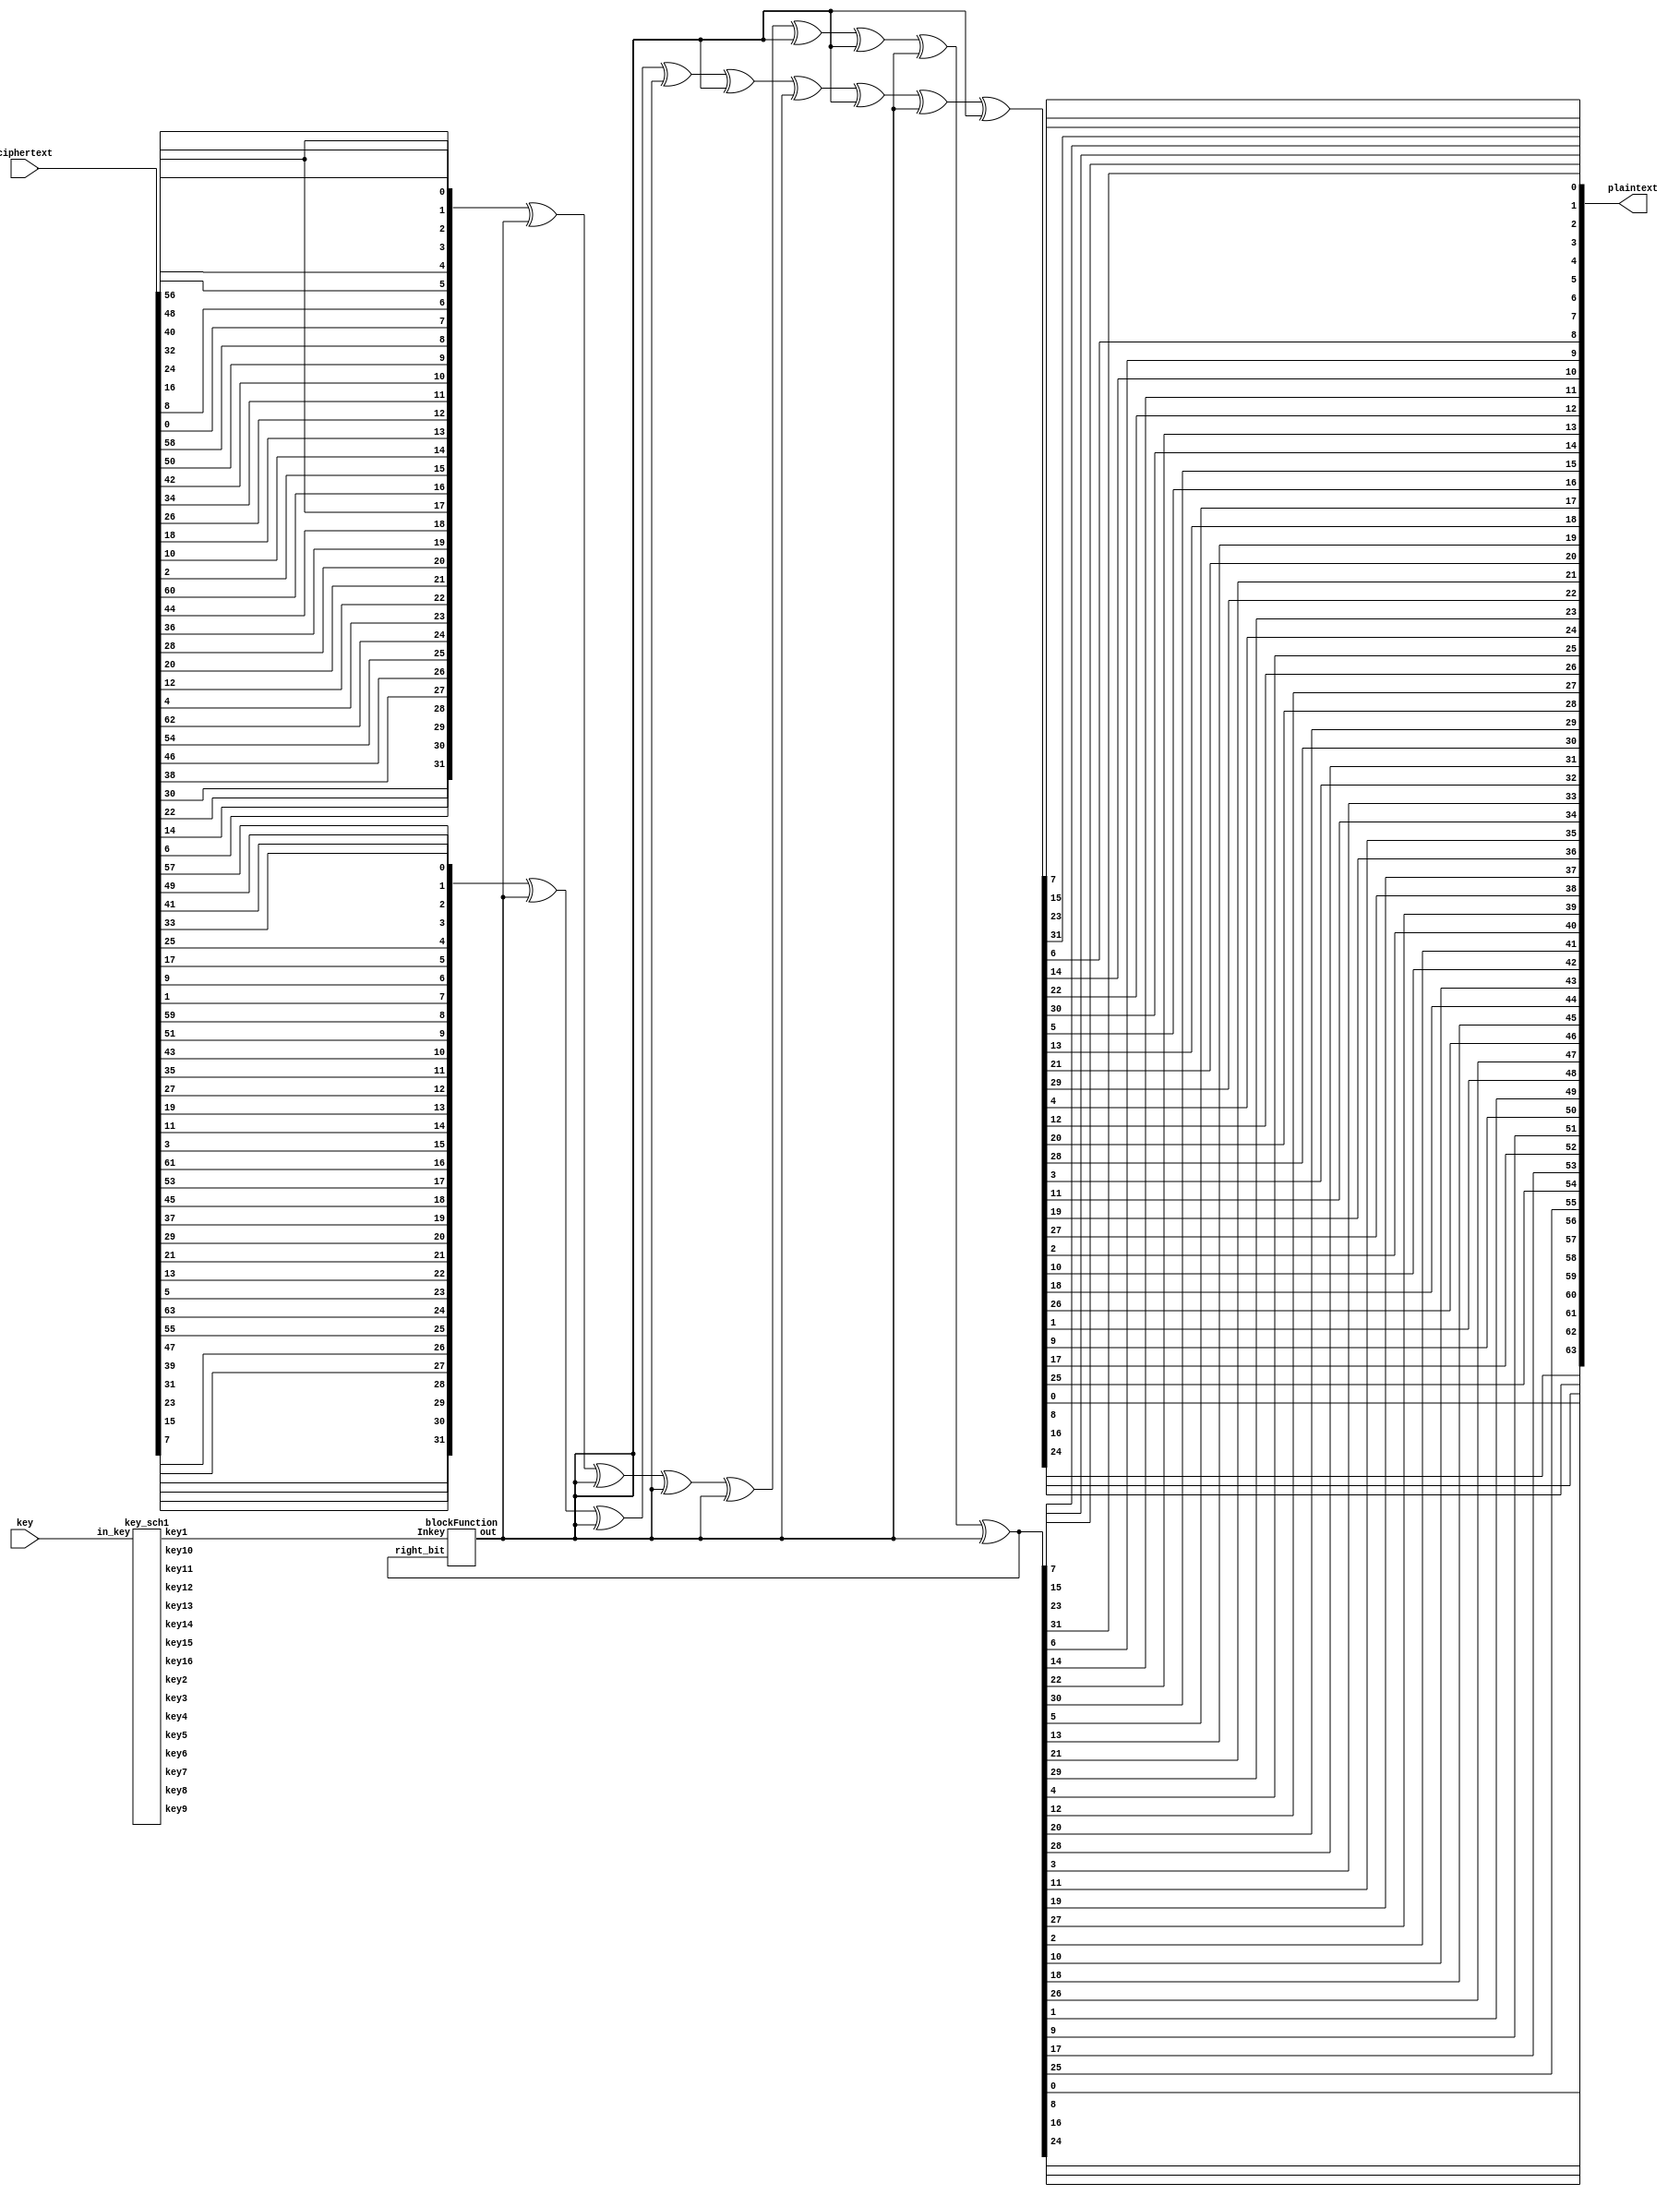
module decryption (input [64:1] ciphertext, input [64:1]key, output reg [64:1] plaintext);
    
reg [64:1] text_IP;	
reg [32:1] r [16:0];
reg [32:1] l [16:0];
reg [32:1] out_fun [16:1];
integer i;
wire [48:1] key1,key2,key3,key4,key5,key6,key7,key8,key9,key10,key11,key12,key13,key14,key15,key16; 
reg [48:1] k [16:1]; 
reg [32:1] r_fun; wire [32:1] temp_out_fun; reg [48:1] key_fun;

key_sch1 keySchedule(key,key1,key2,key3,key4,key5,key6,key7,key8,key9,key10,key11,key12,key13,key14,key15,key16);

blockFunction b (r_fun, key_fun, temp_out_fun);
//blockFuction(r[i],k[i],fun[i]);

    always@(ciphertext)
begin
    text_IP = IP_perm(ciphertext);


{l[16],r[16]} = text_IP;

k[1] = key1; k[2]=key2; k[3] = key3; k[4]=key4; k[5] = key5; k[6]=key6; k[7] = key7; k[8]=key8; 
k[9] = key9; k[10]=key10; k[11] = key11; k[12]=key12; k[13] = key13; k[14]=key14; k[15] = key15; k[16] = key16 ; 

for(i=16; i>=1; i--) begin
    r_fun=r[i]; key_fun=k[i];
    #1 out_fun[i]=temp_out_fun;
    l[i-1] = r[i];    
    r[i-1] = l[i]^out_fun[i];
   // $display("i= %b, r[i]=%b",i,r[i]);
end

plaintext = IVP_perm({r[0],l[0]});

end

//initial permutation block
    function [64:1]IP_perm ( input [64:1] cipher_text);
    begin
        IP_perm[1] = cipher_text[58];
        IP_perm[2] = cipher_text[50];
        IP_perm[3] = cipher_text[42];
        IP_perm[4] = cipher_text[34];
        IP_perm[5] = cipher_text[26];
        IP_perm[6] = cipher_text[18];
        IP_perm[7] = cipher_text[10];
        IP_perm[8] = cipher_text[2];

        IP_perm[9] = cipher_text[60];
        IP_perm[10] = cipher_text[52];
        IP_perm[11] = cipher_text[44];
        IP_perm[12] = cipher_text[36];
        IP_perm[13] = cipher_text[28];
        IP_perm[14] = cipher_text[20];
        IP_perm[15] = cipher_text[12];
        IP_perm[16] = cipher_text[4];

        IP_perm[17] = cipher_text[62];
        IP_perm[18] = cipher_text[54];
        IP_perm[19] = cipher_text[46];
        IP_perm[20] = cipher_text[38];
        IP_perm[21] = cipher_text[30];
        IP_perm[22] = cipher_text[22];
        IP_perm[23] = cipher_text[14];
        IP_perm[24] = cipher_text[6];

        IP_perm[25] = cipher_text[64];
        IP_perm[26] = cipher_text[56];
        IP_perm[27] = cipher_text[48];
        IP_perm[28] = cipher_text[40];
        IP_perm[29] = cipher_text[32];
        IP_perm[30] = cipher_text[24];
        IP_perm[31] = cipher_text[16];
        IP_perm[32] = cipher_text[8];

        IP_perm[33] = cipher_text[57];
        IP_perm[34] = cipher_text[49];
        IP_perm[35] = cipher_text[41];
        IP_perm[36] = cipher_text[33];
        IP_perm[37] = cipher_text[25];
        IP_perm[38] = cipher_text[17];
        IP_perm[39] = cipher_text[9];
        IP_perm[40] = cipher_text[1];

        IP_perm[41] = cipher_text[59];
        IP_perm[42] = cipher_text[51];
        IP_perm[43] = cipher_text[43];
        IP_perm[44] = cipher_text[35];
        IP_perm[45] = cipher_text[27];
        IP_perm[46] = cipher_text[19];
        IP_perm[47] = cipher_text[11];
        IP_perm[48] = cipher_text[3];

        IP_perm[49] = cipher_text[61];
        IP_perm[50] = cipher_text[33];
        IP_perm[51] = cipher_text[45];
        IP_perm[52] = cipher_text[37];
        IP_perm[53] = cipher_text[29];
        IP_perm[54] = cipher_text[21];
        IP_perm[55] = cipher_text[13];
        IP_perm[56] = cipher_text[5];

        IP_perm[57] = cipher_text[63];
        IP_perm[58] = cipher_text[55];
        IP_perm[59] = cipher_text[47];
        IP_perm[60] = cipher_text[39];
        IP_perm[61] = cipher_text[31];
        IP_perm[62] = cipher_text[23];
        IP_perm[63] = cipher_text[15];
        IP_perm[64] = cipher_text[7];
        
    end
    endfunction

//inverse permutation block
    function [64:1]IVP_perm ( input [64:1] finaltext);
    begin
        
       IVP_perm ={finaltext[25],finaltext[57],finaltext[17],finaltext[49],finaltext[9],finaltext[41],finaltext[1],finaltext[33],
                    finaltext[26],finaltext[58],finaltext[18],finaltext[50],finaltext[10],finaltext[42],finaltext[2],finaltext[34],
                    finaltext[27],finaltext[59],finaltext[19],finaltext[51],finaltext[11],finaltext[43],finaltext[3],finaltext[35],
                    finaltext[28],finaltext[60],finaltext[20],finaltext[52],finaltext[12],finaltext[44],finaltext[4],finaltext[36],
                    finaltext[29],finaltext[61],finaltext[21],finaltext[53],finaltext[13],finaltext[45],finaltext[5],finaltext[37],
                    finaltext[30],finaltext[62],finaltext[22],finaltext[54],finaltext[14],finaltext[46],finaltext[6],finaltext[38],
                    finaltext[31],finaltext[63],finaltext[23],finaltext[55],finaltext[15],finaltext[47],finaltext[7],finaltext[39],
                    finaltext[32],finaltext[64],finaltext[24],finaltext[56],finaltext[16],finaltext[48],finaltext[8],finaltext[40] }; 
    end
    endfunction
endmodule

module blockFunction(
    input [32:1]right_bit,
    input [48:1]Inkey,
    output reg [32:1]out
    );
    
    reg [48:1]y;
    reg [48:1]Xor;
    reg [32:1]sub1;
     
    always@(right_bit) 
    begin
    y = expansion(right_bit);
    Xor=y^Inkey;
    sub1=substitution_box(Xor);
    out=permutation_final(sub1);
    end
    
    //expansion
    function [48:1]expansion(input [32:1]right_bit_32 );
    reg [48:1]exb;//exb=expansion box
    
    begin
     exb[47:44]=right_bit_32[32:29];
     exb[41:38]=right_bit_32[28:25];
     exb[35:32]=right_bit_32[24:21];
     exb[29:26]=right_bit_32[20:17];
     exb[23:20]=right_bit_32[16:13];
     exb[17:14]=right_bit_32[12:9];
     exb[11:8] =right_bit_32[8:5];
     exb[5:2]  =right_bit_32[4:1];
     {exb[24],exb[19],exb[18],exb[13],exb[12],exb[7],exb[6],exb[1]}
               ={right_bit_32[17],right_bit_32[12],right_bit_32[13],right_bit_32[8],
                right_bit_32[9],right_bit_32[4],right_bit_32[5],right_bit_32[32]};
     {exb[48],exb[43],exb[42],exb[37],exb[36],exb[31],exb[30],exb[25]}
               ={right_bit_32[1],right_bit_32[28],right_bit_32[29],right_bit_32[24],
                right_bit_32[25],right_bit_32[20],right_bit_32[21],right_bit_32[16]};
     expansion =exb;
   
     end   
     endfunction
     
   //Substitution box  
   
    function [32:1]substitution_box( input reg [47:0]x); 
    integer i;
    integer j;
    reg [3:0]col;
    reg [1:0]row;
    reg [31:0]sub;
    reg [3:0] S1[3:0][15:0];
    reg [3:0] S2[3:0][15:0];
    reg [3:0] S3[3:0][15:0];
    reg [3:0] S4[3:0][15:0];
    reg [3:0] S5[3:0][15:0];
    reg [3:0] S6[3:0][15:0];
    reg [3:0] S7[3:0][15:0];
    reg [3:0] S8[3:0][15:0];
    begin
            S1[0][0] = 4'd14;
			S1[0][1] = 4'd4;
			S1[0][2] = 4'd13;
			S1[0][3] = 4'd1;
			S1[0][4] = 4'd2;
			S1[0][5] = 4'd15;
			S1[0][6] = 4'd11;
			S1[0][7] = 4'd8;
			S1[0][8] = 4'd3;
			S1[0][9] =4'd10;
			S1[0][10] =4'd6;
			S1[0][11] = 4'd12;
			S1[0][12] = 4'd5;
			S1[0][13] = 4'd9;
			S1[0][14] = 4'd0;
			S1[0][15] = 4'd7;
			S1[1][0] = 4'd0;
			S1[1][1] = 4'd15;
			S1[1][2] = 4'd7;
			S1[1][3] = 4'd4;
			S1[1][4] = 4'd14;
			S1[1][5] = 4'd2;
			S1[1][6] = 4'd13;
			S1[1][7] = 4'd1;
			S1[1][8] = 4'd10;
			S1[1][9] = 4'd6;
			S1[1][10] =4'd 12;
			S1[1][11] = 4'd11;
			S1[1][12] = 4'd9;
			S1[1][13] = 4'd5;
			S1[1][14] = 4'd3;
			S1[1][15] = 4'd8;
			S1[2][0] = 4'd4;
			S1[2][1] = 4'd1;
			S1[2][2] = 4'd14;
			S1[2][3] = 4'd8;
			S1[2][4] = 4'd13;
			S1[2][5] = 4'd6;
			S1[2][6] = 4'd2;
			S1[2][7] = 4'd11;
			S1[2][8] = 4'd15;
			S1[2][9] = 4'd12;
			S1[2][10] =4'd 9;
			S1[2][11] = 4'd7;
			S1[2][12] = 4'd3;
			S1[2][13] = 4'd10;
			S1[2][14] = 4'd5;
			S1[2][15] = 4'd0;
			S1[3][0] = 4'd15;
			S1[3][1] = 4'd12;
			S1[3][2] = 4'd8;
			S1[3][3] = 4'd2;
			S1[3][4] = 4'd4;
			S1[3][5] = 4'd9;
			S1[3][6] = 4'd1;
			S1[3][7] = 4'd7;
			S1[3][8] = 4'd5;
			S1[3][9] = 4'd11;
			S1[3][10] =4'd 3;
			S1[3][11] = 4'd14;
			S1[3][12] = 4'd10;
			S1[3][13] = 4'd0;
			S1[3][14] = 4'd6;
			S1[3][15] = 4'd13;
			S2[0][0] = 4'd15;
			S2[0][1] = 4'd1;
			S2[0][2] = 4'd8;
			S2[0][3] = 4'd14;
			S2[0][4] = 4'd6;
			S2[0][5] = 4'd11;
			S2[0][6] = 4'd3;
			S2[0][7] = 4'd4;
			S2[0][8] = 4'd9;
			S2[0][9] = 4'd7;
			S2[0][10] =4'd2;
			S2[0][11] = 4'd13;
			S2[0][12] = 4'd12;
			S2[0][13] = 4'd0;
			S2[0][14] = 4'd5;
			S2[0][15] = 4'd10;
			S2[1][0] = 4'd3;
			S2[1][1] = 4'd13;
			S2[1][2] = 4'd4;
			S2[1][3] = 4'd7;
			S2[1][4] = 4'd15;
			S2[1][5] = 4'd2;
			S2[1][6] = 4'd8;
			S2[1][7] = 4'd14;
			S2[1][8] = 4'd12;
			S2[1][9] = 4'd0;
			S2[1][10] = 4'd1;
			S2[1][11] = 4'd10;
			S2[1][12] = 4'd6;
			S2[1][13] = 4'd9;
			S2[1][14] = 4'd11;
			S2[1][15] = 4'd5;
			S2[2][0] = 4'd0;
			S2[2][1] = 4'd14;
			S2[2][2] = 4'd7;
			S2[2][3] = 4'd11;
			S2[2][4] = 4'd10;
			S2[2][5] = 4'd4;
			S2[2][6] = 4'd13;
			S2[2][7] = 4'd1;
			S2[2][8] = 4'd5;
			S2[2][9] = 4'd8;
			S2[2][10] = 4'd12;
			S2[2][11] = 4'd6;
			S2[2][12] = 4'd9;
			S2[2][13] = 4'd3;
			S2[2][14] = 4'd2;
			S2[2][15] = 4'd15;
			S2[3][0] = 4'd13;
			S2[3][1] = 4'd8;
			S2[3][2] = 4'd10;
			S2[3][3] = 4'd1;
			S2[3][4] = 4'd3;
			S2[3][5] = 4'd15;
			S2[3][6] = 4'd4;
			S2[3][7] = 4'd2;
			S2[3][8] = 4'd11;
			S2[3][9] = 4'd6;
			S2[3][10] = 4'd7;
			S2[3][11] = 4'd12;
			S2[3][12] = 4'd0;
			S2[3][13] = 4'd5;
			S2[3][14] = 4'd14;
			S2[3][15] = 4'd9;
			S3[0][0] = 4'd10;
			S3[0][1] = 4'd0;
			S3[0][2] = 4'd9;
			S3[0][3] = 4'd14;
			S3[0][4] = 4'd6;
			S3[0][5] = 4'd3;
			S3[0][6] = 4'd15;
			S3[0][7] = 4'd5;
			S3[0][8] = 4'd1;
			S3[0][9] = 4'd13;
			S3[0][10] = 4'd12;
			S3[0][11] = 4'd7;
			S3[0][12] = 4'd11;
			S3[0][13] = 4'd4;
			S3[0][14] = 4'd2;
			S3[0][15] = 4'd8;
			S3[1][0] = 4'd13;
			S3[1][1] = 4'd7;
			S3[1][2] = 4'd0;
			S3[1][3] = 4'd9;
			S3[1][4] = 4'd3;
			S3[1][5] = 4'd4;
			S3[1][6] = 4'd6;
			S3[1][7] = 4'd10;
			S3[1][8] = 4'd2;
			S3[1][9] = 4'd8;
			S3[1][10] = 4'd5;
			S3[1][11] = 4'd14;
			S3[1][12] = 4'd12;
			S3[1][13] = 4'd11;
			S3[1][14] = 4'd15;
			S3[1][15] = 4'd1;
			S3[2][0] = 4'd13;
			S3[2][1] = 4'd6;
			S3[2][2] = 4'd4;
			S3[2][3] = 4'd9;
			S3[2][4] = 4'd8;
			S3[2][5] = 4'd15;
			S3[2][6] = 4'd3;
			S3[2][7] = 4'd0;
			S3[2][8] = 4'd11;
			S3[2][9] = 4'd1;
			S3[2][10] = 4'd2;
			S3[2][11] = 4'd12;
			S3[2][12] = 4'd5;
			S3[2][13] = 4'd10;
			S3[2][14] = 4'd14;
			S3[2][15] = 4'd7;
			S3[3][0] = 4'd1;
			S3[3][1] = 4'd10;
			S3[3][2] = 4'd13;
			S3[3][3] = 4'd0;
			S3[3][4] = 4'd6;
			S3[3][5] = 4'd9;
			S3[3][6] = 4'd8;
			S3[3][7] = 4'd7;
			S3[3][8] = 4'd4;
			S3[3][9] = 4'd15;
			S3[3][10] = 4'd14;
			S3[3][11] = 4'd3;
			S3[3][12] = 4'd11;
			S3[3][13] = 4'd5;
			S3[3][14] = 4'd2;
			S3[3][15] = 4'd12;
			S4[0][0] = 4'd7;
			S4[0][1] = 4'd13;
			S4[0][2] = 4'd14;
			S4[0][3] = 4'd3;
			S4[0][4] = 4'd0;
			S4[0][5] = 4'd6;
			S4[0][6] = 4'd9;
			S4[0][7] = 4'd10;
			S4[0][8] = 4'd1;
			S4[0][9] = 4'd2;
			S4[0][10] = 4'd8;
			S4[0][11] = 4'd5;
			S4[0][12] = 4'd11;
			S4[0][13] = 4'd12;
			S4[0][14] = 4'd4;
			S4[0][15] = 4'd15;
			S4[1][0] = 4'd13;
			S4[1][1] = 4'd8;
			S4[1][2] = 4'd11;
			S4[1][3] = 4'd5;
			S4[1][4] = 4'd6;
			S4[1][5] = 4'd15;
			S4[1][6] = 4'd0;
			S4[1][7] = 4'd3;
			S4[1][8] = 4'd4;
			S4[1][9] = 4'd7;
			S4[1][10] = 4'd2;
			S4[1][11] = 4'd12;
			S4[1][12] = 4'd1;
			S4[1][13] = 4'd10;
			S4[1][14] = 4'd14;
			S4[1][15] = 4'd9;
			S4[2][0] = 4'd10;
			S4[2][1] = 4'd6;
			S4[2][2] = 4'd9;
			S4[2][3] = 4'd0;
			S4[2][4] = 4'd12;
			S4[2][5] = 4'd11;
			S4[2][6] = 4'd7;
			S4[2][7] = 4'd13;
			S4[2][8] = 4'd15;
			S4[2][9] = 4'd1;
			S4[2][10] = 4'd3;
			S4[2][11] = 4'd14;
			S4[2][12] = 4'd5;
			S4[2][13] = 4'd2;
			S4[2][14] = 4'd8;
			S4[2][15] = 4'd4;
			S4[3][0] = 4'd3;
			S4[3][1] = 4'd15;
			S4[3][2] = 4'd0;
			S4[3][3] = 4'd6;
			S4[3][4] = 4'd10;
			S4[3][5] = 4'd1;
			S4[3][6] = 4'd13;
			S4[3][7] = 4'd8;
			S4[3][8] = 4'd9;
			S4[3][9] = 4'd4;
			S4[3][10] = 4'd5;
			S4[3][11] = 4'd11;
			S4[3][12] = 4'd12;
			S4[3][13] = 4'd7;
			S4[3][14] = 4'd2;
			S4[3][15] = 4'd14;
			S5[0][0] = 4'd2;
			S5[0][1] = 4'd12;
			S5[0][2] = 4'd4;
			S5[0][3] = 4'd1;
			S5[0][4] = 4'd7;
			S5[0][5] = 4'd10;
			S5[0][6] = 4'd11;
			S5[0][7] = 4'd6;
			S5[0][8] = 4'd8;
			S5[0][9] = 4'd5;
			S5[0][10] = 4'd3;
			S5[0][11] =4'd15;
			S5[0][12] = 4'd13;
			S5[0][13] = 4'd0;
			S5[0][14] = 4'd14;
			S5[0][15] = 4'd9;
			S5[1][0] = 4'd14;
			S5[1][1] = 4'd11;
			S5[1][2] = 4'd2;
			S5[1][3] = 4'd12;
			S5[1][4] = 4'd4;
			S5[1][5] = 4'd7;
			S5[1][6] =4'd13;
			S5[1][7] = 4'd1;
			S5[1][8] = 4'd5;
			S5[1][9] = 4'd0;
			S5[1][10] = 4'd15;
			S5[1][11] = 4'd10;
			S5[1][12] = 4'd3;
			S5[1][13] = 4'd9;
			S5[1][14] = 4'd8;
			S5[1][15] = 4'd6;
			S5[2][0] = 4'd4;
			S5[2][1] = 4'd2;
			S5[2][2] = 4'd1;
			S5[2][3] = 4'd11;
			S5[2][4] = 4'd10;
			S5[2][5] = 4'd13;
			S5[2][6] = 4'd7;
			S5[2][7] = 4'd8;
			S5[2][8] = 4'd15;
			S5[2][9] = 4'd9;
			S5[2][10] = 4'd12;
			S5[2][11] = 4'd5;
			S5[2][12] = 4'd6;
			S5[2][13] = 4'd3;
			S5[2][14] = 4'd0;
			S5[2][15] = 4'd14;
			S5[3][0] = 4'd11;
			S5[3][1] = 4'd8;
			S5[3][2] = 4'd12;
			S5[3][3] = 4'd7;
			S5[3][4] = 4'd1;
			S5[3][5] = 4'd14;
			S5[3][6] = 4'd2;
			S5[3][7] = 4'd13;
			S5[3][8] = 4'd6;
			S5[3][9] = 4'd15;
			S5[3][10] = 4'd0;
			S5[3][11] = 4'd9;
			S5[3][12] = 4'd10;
			S5[3][13] = 4'd4;
			S5[3][14] = 4'd5;
			S5[3][15] = 4'd3;
			S6[0][0] = 4'd12;
			S6[0][1] = 4'd1;
			S6[0][2] = 4'd10;
			S6[0][3] = 4'd15;
			S6[0][4] = 4'd9;
			S6[0][5] = 4'd2;
			S6[0][6] = 4'd6;
			S6[0][7] = 4'd8;
			S6[0][8] = 4'd0;
			S6[0][9] = 4'd13;
			S6[0][10] = 4'd3;
			S6[0][11] = 4'd4;
			S6[0][12] = 4'd14;
			S6[0][13] = 4'd7;
			S6[0][14] = 4'd5;
			S6[0][15] = 4'd11;
			S6[1][0] = 4'd10;
			S6[1][1] = 4'd15;
			S6[1][2] = 4'd4;
			S6[1][3] = 4'd2;
			S6[1][4] = 4'd7;
			S6[1][5] = 4'd12;
			S6[1][6] = 4'd9;
			S6[1][7] = 4'd5;
			S6[1][8] = 4'd6;
			S6[1][9] = 4'd1;
			S6[1][10] = 4'd13;
			S6[1][11] = 4'd14;
			S6[1][12] = 4'd0;
			S6[1][13] = 4'd11;
			S6[1][14] = 4'd3;
			S6[1][15] = 4'd8;
			S6[2][0] = 4'd9;
			S6[2][1] = 4'd14;
			S6[2][2] = 4'd15;
			S6[2][3] = 4'd5;
			S6[2][4] = 4'd2;
			S6[2][5] = 4'd8;
			S6[2][6] = 4'd12;
			S6[2][7] = 4'd3;
			S6[2][8] = 4'd7;
			S6[2][9] = 4'd0;
			S6[2][10] = 4'd4;
			S6[2][11] = 4'd10;
			S6[2][12] = 4'd1;
			S6[2][13] = 4'd13;
			S6[2][14] = 4'd11;
			S6[2][15] = 4'd6;
			S6[3][0] = 4'd4;
			S6[3][1] = 4'd3;
			S6[3][2] =4'd2;
			S6[3][3] = 4'd12;
			S6[3][4] = 4'd9;
			S6[3][5] = 4'd5;
			S6[3][6] = 4'd15;
			S6[3][7] = 4'd10;
			S6[3][8] = 4'd11;
			S6[3][9] = 4'd14;
			S6[3][10] = 4'd1;
			S6[3][11] = 4'd7;
			S6[3][12] = 4'd6;
			S6[3][13] = 4'd0;
			S6[3][14] = 4'd8;
			S6[3][15] = 4'd13;
			S7[0][0] = 4'd4;
			S7[0][1] = 4'd11;
			S7[0][2] = 4'd2;
			S7[0][3] = 4'd14;
			S7[0][4] = 4'd15;
			S7[0][5] = 4'd0;
			S7[0][6] = 4'd8;
			S7[0][7] = 4'd13;
			S7[0][8] = 4'd3;
			S7[0][9] = 4'd12;
			S7[0][10] = 4'd9;
			S7[0][11] = 4'd7;
			S7[0][12] = 4'd5;
			S7[0][13] = 4'd10;
			S7[0][14] = 4'd6;
			S7[0][15] = 4'd1;
			S7[1][0] = 4'd13;
			S7[1][1] = 4'd0;
			S7[1][2] = 4'd11;
			S7[1][3] = 4'd7;
			S7[1][4] = 4'd4;
			S7[1][5] = 4'd9;
			S7[1][6] = 4'd1;
			S7[1][7] = 4'd10;
			S7[1][8] = 4'd14;
			S7[1][9] = 4'd3;
			S7[1][10] = 4'd5;
			S7[1][11] = 4'd12;
			S7[1][12] = 4'd2;
			S7[1][13] = 4'd15;
			S7[1][14] = 4'd8;
			S7[1][15] = 4'd6;
			S7[2][0] = 4'd1;
			S7[2][1] = 4'd4;
			S7[2][2] =4'd11;
			S7[2][3] = 4'd13;
			S7[2][4] = 4'd12;
			S7[2][5] = 4'd3;
			S7[2][6] = 4'd7;
			S7[2][7] = 4'd14;
			S7[2][8] = 4'd10;
			S7[2][9] = 4'd15;
			S7[2][10] = 4'd6;
			S7[2][11] = 4'd8;
			S7[2][12] = 4'd0;
			S7[2][13] = 4'd5;
			S7[2][14] = 4'd9;
			S7[2][15] = 4'd2;
			S7[3][0] = 4'd6;
			S7[3][1] = 4'd11;
			S7[3][2] = 4'd13;
			S7[3][3] = 4'd8;
			S7[3][4] = 4'd1;
			S7[3][5] = 4'd4;
			S7[3][6] = 4'd10;
			S7[3][7] = 4'd7;
			S7[3][8] = 4'd9;
			S7[3][9] = 4'd5;
			S7[3][10] = 4'd0;
			S7[3][11] = 4'd15;
			S7[3][12] = 4'd14;
			S7[3][13] = 4'd2;
			S7[3][14] = 4'd3;
			S7[3][15] = 4'd12;
			S8[0][0] = 4'd13;
			S8[0][1] = 4'd2;
			S8[0][2] = 4'd8;
			S8[0][3] = 4'd4;
			S8[0][4] = 4'd6;
			S8[0][5] =4'd15;
			S8[0][6] = 4'd11;
			S8[0][7] = 4'd1;
			S8[0][8] = 4'd10;
			S8[0][9] = 4'd9;
			S8[0][10] = 4'd3;
			S8[0][11] = 4'd14;
			S8[0][12] = 4'd5;
			S8[0][13] = 4'd0;
			S8[0][14] = 4'd12;
			S8[0][15] = 4'd7;
			S8[1][0] = 4'd1;
			S8[1][1] = 4'd15;
			S8[1][2] = 4'd13;
			S8[1][3] = 4'd8;
			S8[1][4] = 4'd10;
			S8[1][5] = 4'd3;
			S8[1][6] = 4'd7;
			S8[1][7] = 4'd4;
			S8[1][8] = 4'd12;
			S8[1][9] = 4'd5;
			S8[1][10] = 4'd6;
			S8[1][11] = 4'd11;
			S8[1][12] = 4'd0;
			S8[1][13] = 4'd14;
			S8[1][14] = 4'd9;
			S8[1][15] = 4'd2;
			S8[2][0] = 4'd7;
			S8[2][1] = 4'd11;
			S8[2][2] = 4'd4;
			S8[2][3] = 4'd1;
			S8[2][4] = 4'd9;
			S8[2][5] = 4'd12;
			S8[2][6] = 4'd14;
			S8[2][7] = 4'd2;
			S8[2][8] = 4'd0;
			S8[2][9] = 4'd6;
			S8[2][10] = 4'd10;
			S8[2][11] = 4'd13;
			S8[2][12] = 4'd15;
			S8[2][13] = 4'd3;
			S8[2][14] = 4'd5;
			S8[2][15] = 4'd8;
			S8[3][0] = 4'd2;
			S8[3][1] = 4'd1;
			S8[3][2] = 4'd14;
			S8[3][3] = 4'd7;
			S8[3][4] = 4'd4;
			S8[3][5] = 4'd10;
			S8[3][6] = 4'd8;
			S8[3][7] = 4'd13;
			S8[3][8] = 4'd15;
			S8[3][9] = 4'd12;
			S8[3][10] = 4'd9;
			S8[3][11] = 4'd0;
			S8[3][12] = 4'd3;
			S8[3][13] = 4'd5;
			S8[3][14] = 4'd6;
			S8[3][15] =4'd11;
			
	    j=0;
		for(i=1;i<9;i=i+1)
		begin
		{row[1],col[3:0],row[0]}={x[j+5],x[j+4],x[j+3],x[j+2],x[j+1],x[j]};
		case(i)
		32'd1: sub[3:0]=S1[row][col];
		32'd2:sub[7:4]=S2[row][col];
		32'd3:sub[11:8]=S3[row][col];
		32'd4:sub[15:12]=S4[row][col];
	    32'd5:sub[19:16]=S5[row][col];
		32'd6:sub[23:20]=S6[row][col];
		32'd7:sub[27:24]=S7[row][col];
		32'd8:sub[31:28]=S8[row][col];
		endcase
		j=j+6;
		end
		substitution_box= sub;
    end
    endfunction
    
    //Last permutation 
  function [32:1]permutation_final(input [32:1]p);
  reg [32:1]final;
  begin
  final[32:1]={p[25],p[4],p[11],p[22],p[6],p[30],p[13],p[19],
               p[9],p[3],p[27],p[32],p[14],p[24],p[8],p[2],
               p[10],p[31],p[18],p[5],p[26],p[23],p[15],p[1],
               p[17],p[28],p[12],p[29],p[21],p[20],p[7],p[16]};
              
  permutation_final=final;
  end
  endfunction     
    
endmodule


module key_sch1 (input [64:1] in_key, output reg [48:1] key1, key2, key3, key4, key5, key6, key7, key8, key9, key10, key11, key12, key13, key14, key15, key16);
   //initial key permutation PC-1 which converts 64 bit key to 56 bit key
   function [56:1] pc1(input [64:1] in_key);
    begin
        pc1[1]=in_key[57];
        pc1[2]=in_key[49];
        pc1[3]=in_key[41];
        pc1[4]=in_key[33];
        pc1[5]=in_key[25];
        pc1[6]=in_key[17];
        pc1[7]=in_key[9];
        pc1[8]=in_key[1];

        pc1[9]=in_key[58];
        pc1[10]=in_key[50];
        pc1[11]=in_key[42];
        pc1[12]=in_key[34];
        pc1[13]=in_key[26];
        pc1[14]=in_key[18];
        pc1[15]=in_key[10];
        pc1[16]=in_key[2];

        pc1[17]=in_key[59];
        pc1[18]=in_key[51];
        pc1[19]=in_key[43];
        pc1[20]=in_key[35];
        pc1[21]=in_key[27];
        pc1[22]=in_key[19];
        pc1[23]=in_key[11];
        pc1[24]=in_key[3];

        pc1[25]=in_key[60];
        pc1[26]=in_key[52];
        pc1[27]=in_key[44];
        pc1[28]=in_key[36];
        pc1[29]=in_key[63];
        pc1[30]=in_key[55];
        pc1[31]=in_key[47];
        pc1[32]=in_key[39];

        pc1[33]=in_key[31];
        pc1[34]=in_key[23];
        pc1[35]=in_key[15];
        pc1[36]=in_key[7];
        pc1[37]=in_key[62];
        pc1[38]=in_key[54];
        pc1[39]=in_key[46];
        pc1[40]=in_key[38];

        pc1[41]=in_key[30];
        pc1[42]=in_key[22];
        pc1[43]=in_key[14];
        pc1[44]=in_key[6];
        pc1[45]=in_key[61];
        pc1[46]=in_key[53];
        pc1[47]=in_key[45];
        pc1[48]=in_key[37];

        pc1[49]=in_key[29];
        pc1[50]=in_key[21];
        pc1[51]=in_key[13];
        pc1[52]=in_key[5];
        pc1[53]=in_key[28];
        pc1[54]=in_key[20];
        pc1[55]=in_key[12];
        pc1[56]=in_key[4];
    end
   endfunction

   //round key permutation which converts 56 bit shifted input to 48 bit round key
   function [48:1] pc2(input [56:1] CiDi);
    begin
        pc2[1]=CiDi[14];
        pc2[2]=CiDi[17];
        pc2[3]=CiDi[11];
        pc2[4]=CiDi[24];
        pc2[5]=CiDi[1];
        pc2[6]=CiDi[5];
        pc2[7]=CiDi[3];
        pc2[8]=CiDi[28];

        pc2[9]=CiDi[15];
        pc2[10]=CiDi[6];
        pc2[11]=CiDi[21];
        pc2[12]=CiDi[10];
        pc2[13]=CiDi[23];
        pc2[14]=CiDi[19];
        pc2[15]=CiDi[12];
        pc2[16]=CiDi[4];

        pc2[17]=CiDi[26];
        pc2[18]=CiDi[8];
        pc2[19]=CiDi[16];
        pc2[20]=CiDi[7];
        pc2[21]=CiDi[27];
        pc2[22]=CiDi[20];
        pc2[23]=CiDi[13];
        pc2[24]=CiDi[2];

        pc2[25]=CiDi[41];
        pc2[26]=CiDi[52];
        pc2[27]=CiDi[31];
        pc2[28]=CiDi[37];
        pc2[29]=CiDi[47];
        pc2[30]=CiDi[55];
        pc2[31]=CiDi[30];
        pc2[32]=CiDi[40];

        pc2[33]=CiDi[51];
        pc2[34]=CiDi[45];
        pc2[35]=CiDi[33];
        pc2[36]=CiDi[48];
        pc2[37]=CiDi[44];
        pc2[38]=CiDi[49];
        pc2[39]=CiDi[39];
        pc2[40]=CiDi[56];

        pc2[41]=CiDi[34];
        pc2[42]=CiDi[53];
        pc2[43]=CiDi[46];
        pc2[44]=CiDi[42];
        pc2[45]=CiDi[50];
        pc2[46]=CiDi[36];
        pc2[47]=CiDi[29];
        pc2[48]=CiDi[32]; 
    end
   endfunction

   //left shifts
   function [56:1] cidi(input [28:1] c_prev, d_prev, input integer i);
   integer lshift [1:16];
   begin
    lshift[1]=1;
    lshift[2]=1;
    lshift[3]=2;
    lshift[4]=2;
    lshift[5]=2;
    lshift[6]=2;
    lshift[7]=2;
    lshift[8]=2;
    lshift[9]=1;
    lshift[10]=2;
    lshift[11]=2;
    lshift[12]=2;
    lshift[13]=2;
    lshift[14]=2;
    lshift[15]=2;
    lshift[16]=1;

    if(lshift[i]=='d1)
    cidi={c_prev[27:1], c_prev[28], d_prev[27:1], d_prev[28]};
    else if(lshift[i]=='d2)
    cidi={c_prev[26:1], c_prev[28:27], d_prev[26:1], d_prev[28:27]};
   end
   endfunction

   //behavioral block 
   reg [56:1] temp; //to store the value of the PC1 function
   reg [28:1] c[16:0], d[16:0];
   reg [48:1] rk[1:16]; //16 round keys
   integer i;
   always @(in_key)
   begin
    temp=pc1(in_key);
    c[0]=temp[56:29];
    d[0]=temp[28:1];
    for(i=1; i<=16; i=i+1)
    begin
        {c[i], d[i]}=cidi(c[i-1], d[i-1], i);
        rk[i]=pc2({c[i],d[i]});
    end
    key1=rk[1];
    key2=rk[2];
    key3=rk[3];
    key4=rk[4];
    key5=rk[5];
    key6=rk[6];
    key7=rk[7];
    key8=rk[8];
    key9=rk[9];
    key10=rk[10];
    key11=rk[11];
    key12=rk[12];
    key13=rk[13];
    key14=rk[14];
    key15=rk[15];
    key16=rk[16];
   end
  
endmodule

module test( );

reg [64:1]cipher_text;
reg [64:1]key;
wire [64:1]plain_text;

decryption dut(cipher_text,key,plain_text);
initial
begin
#0 key=64'b0101010101010101010101010101010101010101010101010101010101010101;
#0 cipher_text=64'h0301f9003956b1af ;


#5 $monitor("%b",plain_text);
end
endmodule